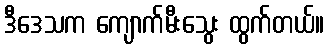
ဒီဒေသက ကျောက်မီးသွေး ထွက်တယ်။